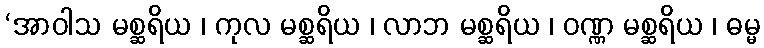
‘အာဝါသ မစ္ဆရိယ ၊ ကုလ မစ္ဆရိယ ၊ လာဘ မစ္ဆရိယ ၊ ဝဏ္ဏ မစ္ဆရိယ ၊ ဓမ္မ